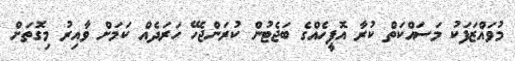
މުވައްޒަފަކު މަސައްކަތް ކުރާ އޮފީހެއްގެ ބަޖެޓުން ކުރަންޖެހޭ ހަރަދެއް ކަމަށް ވާއިރު މިގޮތަށް